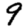
Digit: 9